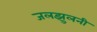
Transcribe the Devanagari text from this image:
जलझुलनी